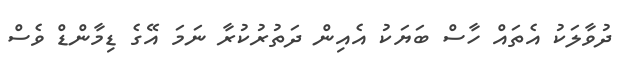
ދުވާލަކު އެތައް ހާސް ބަޔަކު އެއިން ދަތުރުކުރާ ނަމަ އޭގެ ޑިމާންޑް ވެސް